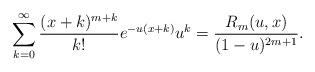
LaTeX: \begin{align*} \sum_{k=0}^\infty \frac{(x+k)^{m+k}}{k!}e^{-u(x+k)}u^k = \frac{R_m(u,x)}{(1-u)^{2m+1}}.\end{align*}